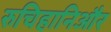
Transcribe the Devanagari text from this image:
रुचिहानिऔर